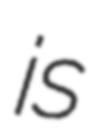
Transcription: is